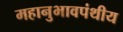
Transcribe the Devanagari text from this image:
महानुभावपंथीय